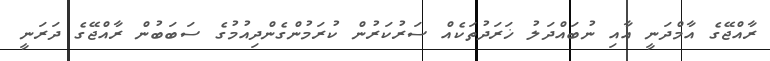
ރާއްޖޭގެ އާމްދަނީ އާއި ނުބައްދަލު ޚަރަދުތަކެއް ސަރުކަރުން ކުރަމުންގެންދިއުމުގެ ސަބަބުން ރާއްޖޭގެ ދަރަނީ